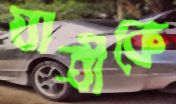
যাত্রীকে